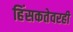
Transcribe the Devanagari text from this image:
हिंसकतेवरही